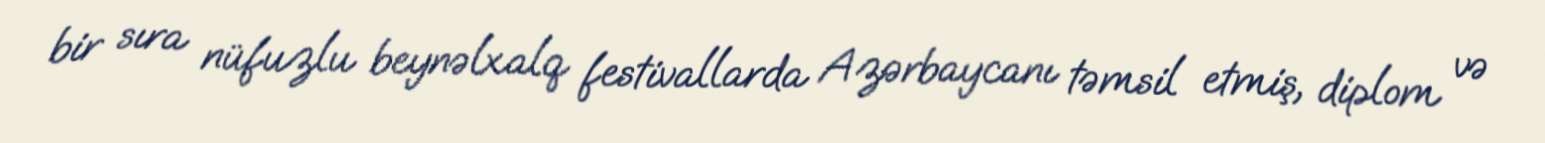
bir sıra nüfuzlu beynəlxalq festivallarda Azərbaycanı təmsil etmiş, diplom və